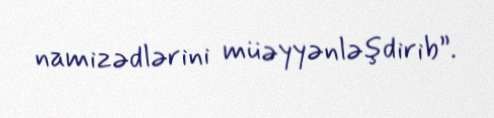
namizədlərini müəyyənləşdirib”.